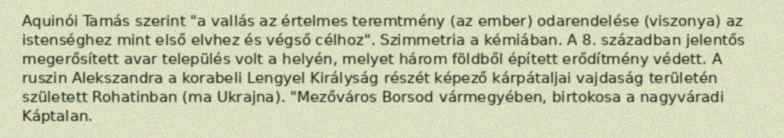
Aquinói Tamás szerint "a vallás az értelmes teremtmény (az ember) odarendelése (viszonya) az istenséghez mint első elvhez és végső célhoz". Szimmetria a kémiában. A 8. században jelentős megerősített avar település volt a helyén, melyet három földből épített erődítmény védett. A ruszin Alekszandra a korabeli Lengyel Királyság részét képező kárpátaljai vajdaság területén született Rohatinban (ma Ukrajna). "Mezőváros Borsod vármegyében, birtokosa a nagyváradi Káptalan.